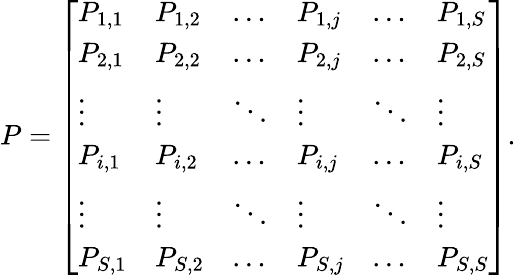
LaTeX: P=\left[{\begin{array}{llllll}{P_{1,1}}&{P_{1,2}}&{\dots}&{P_{1,j}}&{\dots}&{P_{1,S}}\\ {P_{2,1}}&{P_{2,2}}&{\dots}&{P_{2,j}}&{\dots}&{P_{2,S}}\\ {\vdots}&{\vdots}&{\ddots}&{\vdots}&{\ddots}&{\vdots}\\ {P_{i,1}}&{P_{i,2}}&{\dots}&{P_{i,j}}&{\dots}&{P_{i,S}}\\ {\vdots}&{\vdots}&{\ddots}&{\vdots}&{\ddots}&{\vdots}\\ {P_{S,1}}&{P_{S,2}}&{\dots}&{P_{S,j}}&{\dots}&{P_{S,S}}\end{array}}\right].